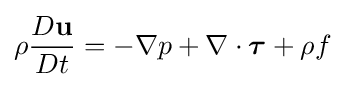
\rho {\frac {D\mathbf {u} }{Dt}}=-\nabla p+\nabla \cdot {\boldsymbol {\tau }}+\mathbf {\rho } {f}